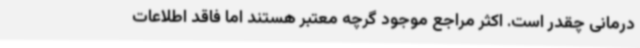
درمانی چقدر است. اکثر مراجع موجود گرچه معتبر هستند اما فاقد اطلاعات